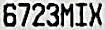
6723MIX